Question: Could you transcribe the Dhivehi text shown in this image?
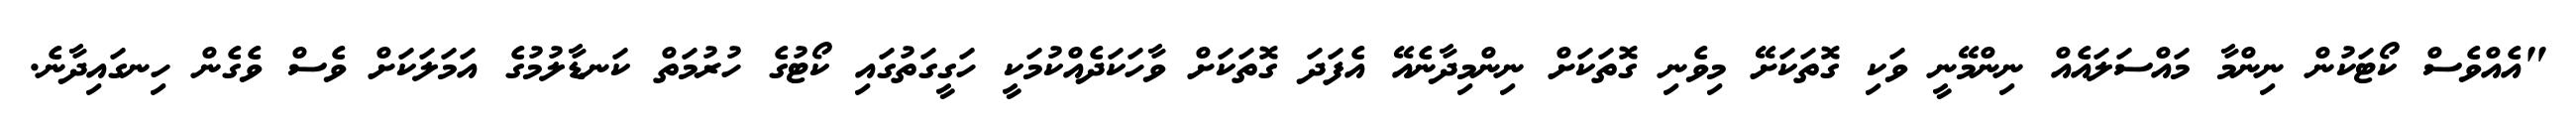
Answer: "އެއްވެސް ކޯޓަކުން ނިންމާ މައްސަލައެއް ނިންމޭނީ ވަކި ގޮތަކަށޭ މިވެނި ގޮތަކަށް ނިންމިދާނެއޭ އެފަދަ ގޮތަކަށް ވާހަކަދެއްކުމަކީ ހަގީގަތުގައި ކޯޓުގެ ހުރުމަތް ކަނޑާލުމުގެ އަމަލަކަށް ވެސް ވެގެން ހިނގައިދާނެ.